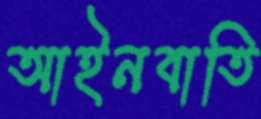
আইনবাতি